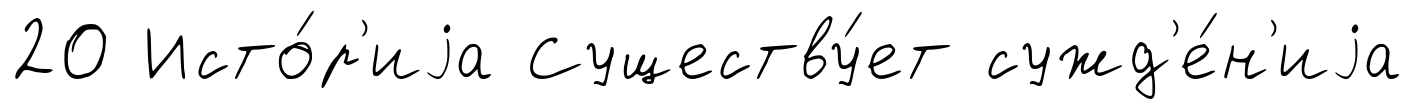
20 Исто́р'иjа Существу́ет сужд'е́н'иjа